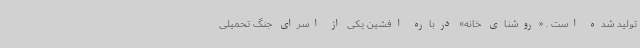
تولید شده است . «روشنای خانه» درباره افشین یکی از اسرای جنگ تحمیلی